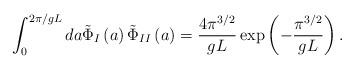
LaTeX: \begin{align*}\int_{0}^{2\pi/gL} da\tilde{\Phi}_{I}\left(a\right)\tilde{\Phi}_{II}\left(a\right)=\frac{4\pi^{3/2}}{gL}\exp \left(-\frac{\pi^{3/2}}{gL}\right) .\end{align*}